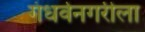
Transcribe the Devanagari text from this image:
गंधर्वनगरीला